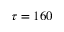
\tau = 1 6 0